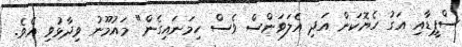
ސްޕީޑާއި އަގު ހެޔޮކަން އަދި އެލަވަންސް ވެސް ހިމަނައިގެން" މައުމޫނު ވިދާޅުވި އެވެ.